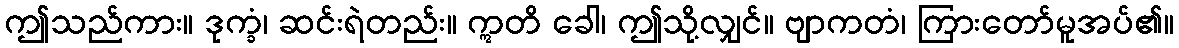
ဤသည်ကား။ ဒုက္ခံ၊ ဆင်းရဲတည်း။ ဣတိ ခေါ၊ ဤသို့လျှင်။ ဗျာကတံ၊ ကြားတော်မူအပ်၏။